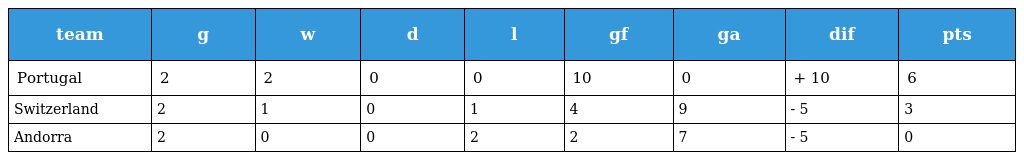
| team | g | w | d | l | gf | ga | dif | pts |
 | --- | --- | --- | --- | --- | --- | --- | --- | --- |
 | Portugal | 2 | 2 | 0 | 0 | 10 | 0 | + 10 | 6 |
 | Switzerland | 2 | 1 | 0 | 1 | 4 | 9 | - 5 | 3 |
 | Andorra | 2 | 0 | 0 | 2 | 2 | 7 | - 5 | 0 |